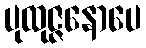
ပုထုဇ္ဇနောပေ